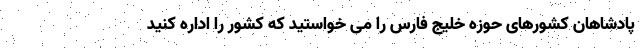
پادشاهان کشورهای حوزه خلیج فارس را می خواستید که کشور را اداره کنید